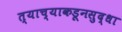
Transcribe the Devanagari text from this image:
त्याच्याकडूनसुद्धा